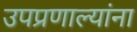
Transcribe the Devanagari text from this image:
उपप्रणाल्यांना